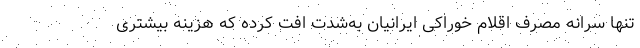
تنها سرانه مصرف اقلام خوراکی ایرانیان به‌شدت افت کرده که هزینه بیشتری